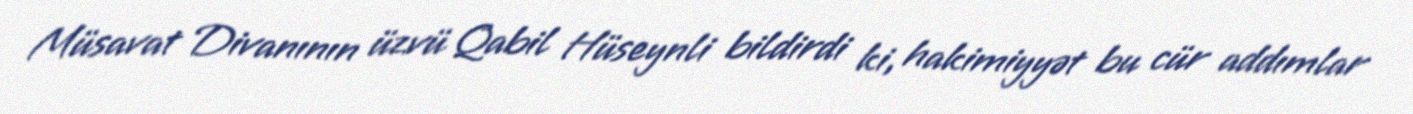
Müsavat Divanının üzvü Qabil Hüseynli bildirdi ki, hakimiyyət bu cür addımlar